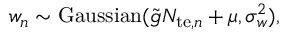
w _ { n } \sim \mathrm { G a u s s i a n } ( \tilde { g } N _ { \mathrm { t e } , n } + \mu , \sigma _ { w } ^ { 2 } ) ,